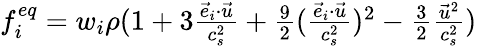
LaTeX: \begin{array}{r}{f_{i}^{eq}=w_{i}\rho(1+3\frac{\vec{e}_{i}\cdot\vec{u}}{c_{s}^{2}}+\frac{9}{2}(\frac{\vec{e}_{i}\cdot\vec{u}}{c_{s}^{2}})^{2}-\frac{3}{2}\frac{\vec{u}^{2}}{c_{s}^{2}})}\end{array}